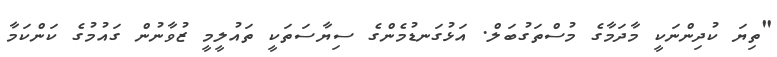
"ތިޔަ ކުދިންނަކީ މާދަމާގެ މުސްތަގުބަލް. އަޅުގަނޑުމެންގެ ސިޔާސަތަކީ ތައުލީމީ ޒުވާނުން ގައުމުގެ ކަންކަމާ